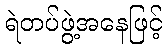
ရဲတပ်ဖွဲ့အနေဖြင့်